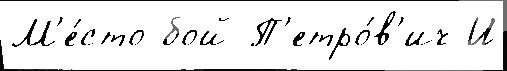
М'е́сто бой П'етро́в'ич И